Preliminary report on an investigation into the etiology of Oriental sore in Cambay - Number 50
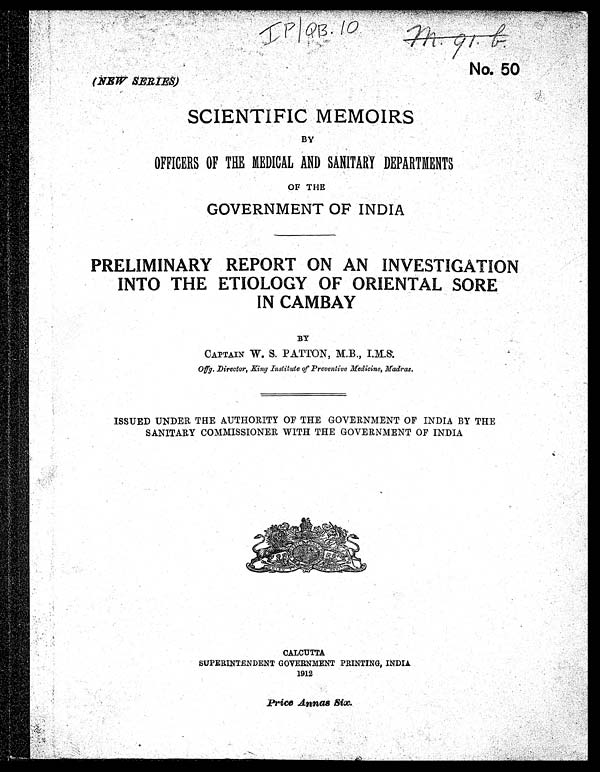
m . 9 1 . b .
(NEW SERIES)
No. 50
SCIENTIFIC MEMOIRS
BY
OFFICERS OF THE MEDICAL AND SANITARY DEPARTMENTS
OF THE
GOVERNMENT OF INDIA
PRELIMINARY REPORT ON AN INVESTIGATION
INTO THE ETIOLOGY OF ORIENTAL SORE
IN CAMBAY
BY
CAPTAIN W. S. PATTON, M.B., I.M.S.
Offg. Director, King Institute of Preventive Medicine, Madras.
ISSUED UNDER THE AUTHORITY OF THE GOVERNMENT OF INDIA BY THE
SANITARY COMMISSIONER WITH THE GOVERNMENT OF INDIA
CALCUTTA
SUPERINTENDENT GOVERNMENT PRINTING, INDIA
1912
Price Annas Six.